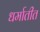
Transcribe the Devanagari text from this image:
धर्मातीत